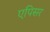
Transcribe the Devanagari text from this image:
एपिसर